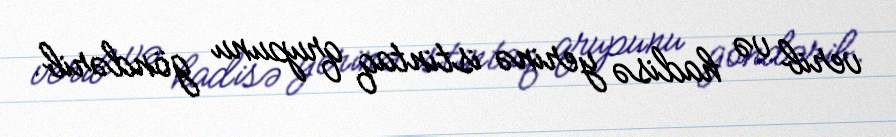
verib və hadisə yerinə istintaq qrupunu göndərib.